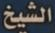
الشيخ